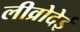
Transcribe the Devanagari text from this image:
लीव्रोदेई